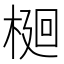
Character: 𭫎